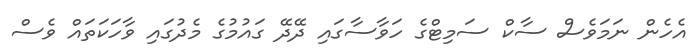
އެހެން ނަމަވެސް ސާކް ސަމިޓްގެ ހަވާސާގައި ދޭދޭ ގައުމުގެ މެދުގައި ވާހަކަތައް ވެސް